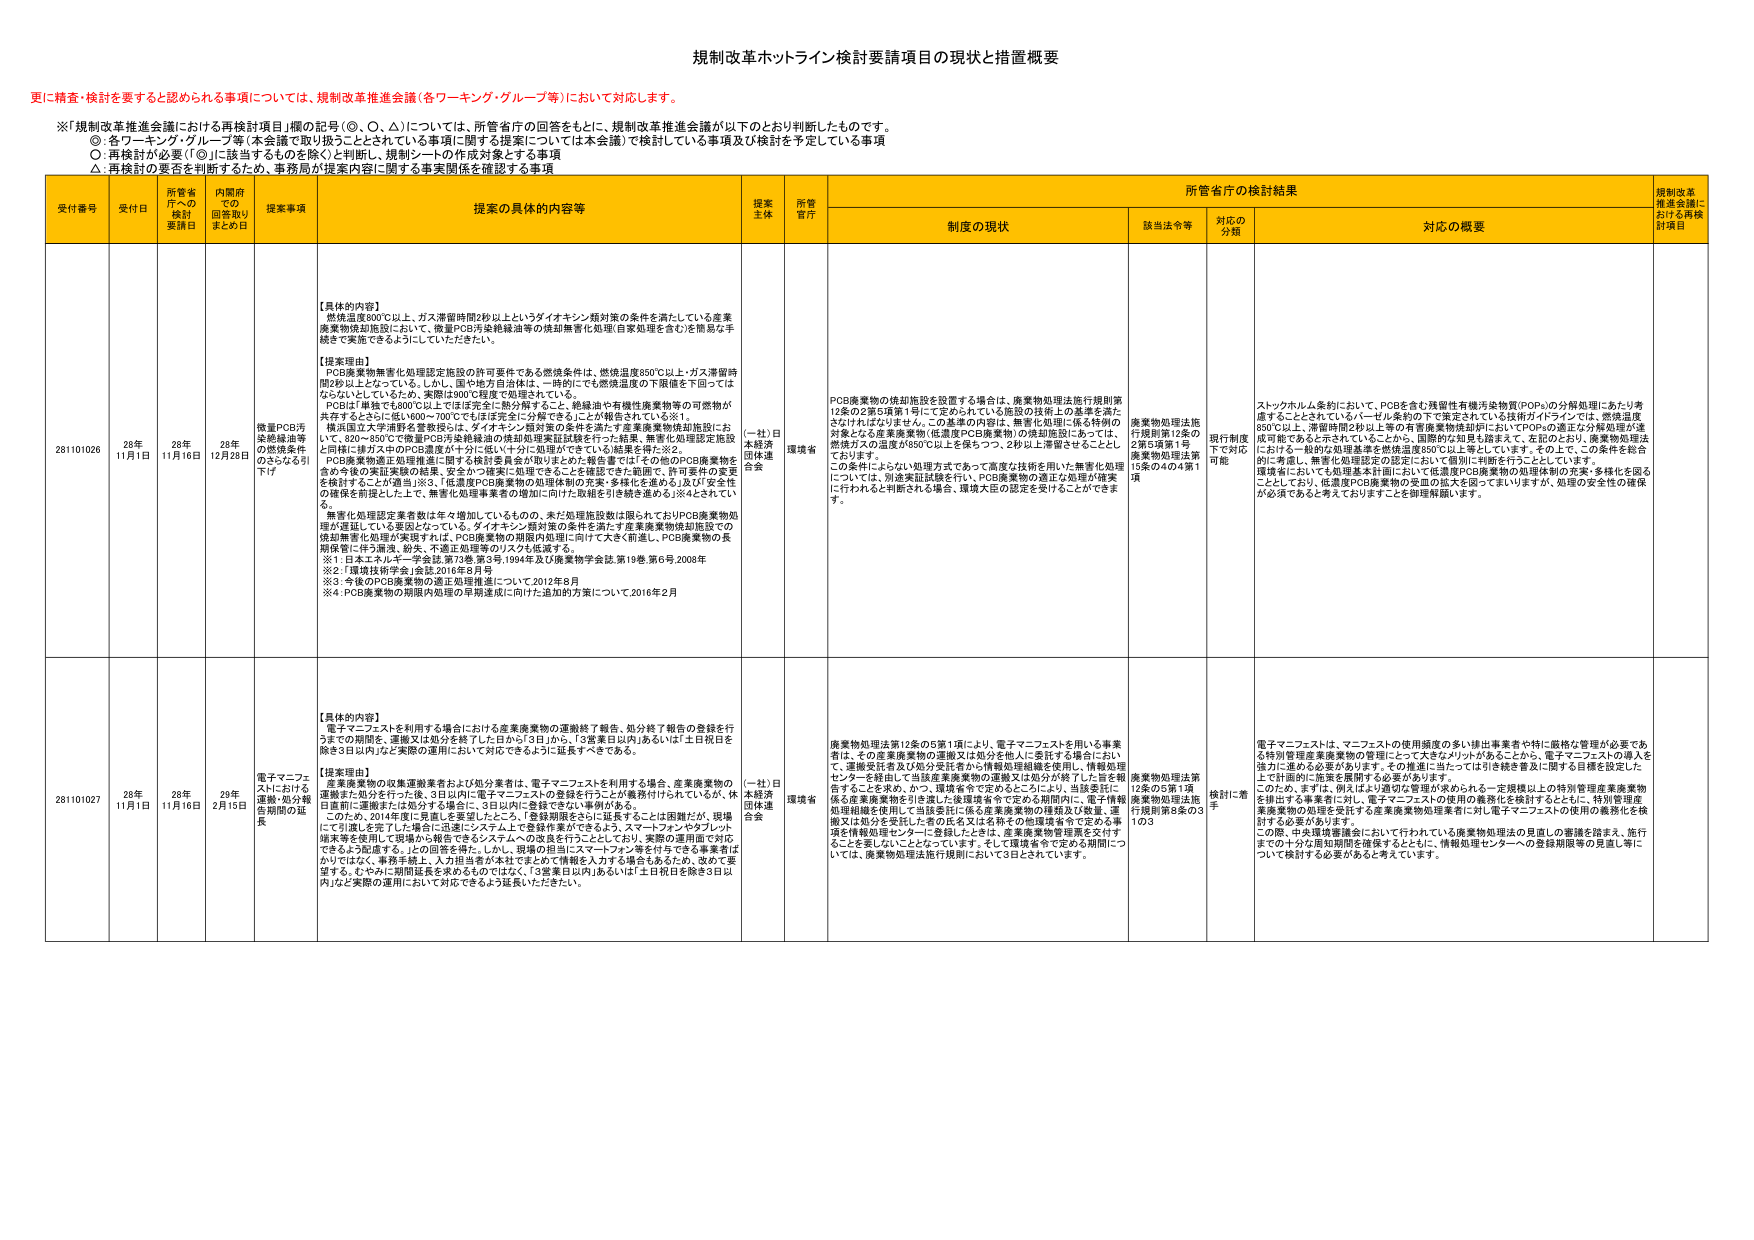
規制改革ホットライン検討要請項目の現状と措置概要

更に精査・検討を要すると認められる事項については、規制改革推進会議（各ワーキンググループ）において対応します。

※「規制改革推進会議における再検討項目」欄の記号（◎、○、△）については、所管省庁の回答をもとに、規制改革推進会議が以下のとおり判断したものです。
◎：各ワーキング・グループ等（本会議で取り扱うこととされている事項に関する提案については本会議）で検討している事項及び検討を予定している事項
○：再検討が必要（「◎」に該当するものを除く）と判断し、規制シートの作成対象とする事項
△：再検討の要否を判断するため、事務局が提案内容に関する事実関係を確認する事項

受付番号 受付日 所管省庁への検討要請日 内閣府での回答取りまとめ日 提案事項 提案の具体的内容等 提案主体 所管省庁 所管省庁の検討結果 規制改革推進会議における再検討項目
制度の現状 該当法令等 対応の分類 対応の概要

281101026 26年11月1日 26年11月16日 28年12月28日 微量PCB汚染廃油等の燃焼条件のさらなる引下げ 【具体的内容】
燃焼温度800℃以上、ガス滞留時間2秒以上というダイオキシン類対策の条件を満たしている産業廃棄物焼却施設において、微量PCB汚染絶縁油等の焼却無害化処理（自家処理を含む）を簡易な手続で実施できるようにしていただきたい。

【提案理由】
PCB廃棄物無害化処理認定施設の許可要件である燃焼条件は、燃焼温度850℃以上・ガス滞留時間2秒以上となっている。しかし、国や地方自治体は、一時的にでも燃焼温度の下限値を下回ってはならないとしているため、実際は800℃程度で処理されている。
PCBは「単独でも800℃以上ではほぼ完全に熱分解すること、絶縁油や有機性廃棄物等の可燃物が共存するとさらに低い600～700℃でもほぼ完全に分解できる」ことが報告されている※1。
構成国立大学連盟を含む検討は、ダイオキシン類対策の条件を満たす産業廃棄物焼却施設にお いて、820～850℃で微量PCB汚染絶縁油の焼却処理実証試験を行った結果、無害化処理認定施設と同様に排ガス中のPCB濃度が十分に低い（十分に処理ができている）結果を得た※2。
PCB廃棄物適正処理推進に関する検討委員会が取りまとめた報告書では「その他のPCB廃棄物を含め今後の実証実験の結果、安全かつ確実に処理できることを確認できた範囲で、許可要件の変更を検討することが適当」※3、「低濃度PCB廃棄物の処理体制の充実・多様化を進める」及び「安全性の確保を前提とした上で、無害化処理事業者の増加に向けた取組を引き続き進める」※4とされている。
無害化処理認定業者数は年々増加しているものの、未だ処理施設数は限られておりPCB廃棄物処理が遅延している要因となっている。ダイオキシン類対策の条件を満たす産業廃棄物焼却施設での焼却無害化処理が実現すれば、PCB廃棄物の期限内処理に向けて大きく前進し、PCB廃棄物の長期保管に伴う漏洩、紛失、不適正処理等のリスクも低減する。
※1：日本エネルギー学会誌、第73巻、第3号、1994年及び廃棄物学会誌、第19巻、第6号、2008年
※2：「環境技術学会」会誌、2016年8月号
※3：今後のPCB廃棄物の適正処理推進について、2012年8月
※4：PCB廃棄物の期限内処理の早期達成に向けた追加の方策について、2016年2月 （一社）日本経済団体連合会 環境省 PCB廃棄物の焼却施設を設置する場合は、廃棄物処理法施行規則第12条の2第6項第1号にて定められている施設の技術上の基準を満たさなければならない。この基準の内容は、無害化処理に係る特別の対象となる産業廃棄物（低濃度PCB廃棄物）の焼却施設にあっては、燃焼ガスの温度が850℃以上を保ちつつ、2秒以上滞留させることが ての条件にふさわしい処理方式であって高度な技術を用いた無害化処理については、別途実証試験を行い、PCB廃棄物の適正な処理が確実に行われるか判断される場合、環境大臣の認定を受けることができる。 廃棄物処理法施行規則第12条の2第6項第1号廃棄物処理法第15条の4の4第1項 現行制度下で対応可能 ストックホルム条約において、PCBを含む残留性有機汚染物質（POPs）の分解処理にあたり考慮することとされているパーセル条約の下で推定されている技術ガイドラインでは、燃焼温度850℃以上、滞留時間2秒以上等の有機廃棄物焼却炉においてPCBの適正な分解処理が達成可能であると示されていることから、国際的な知見も踏まえて、本図のとおり、廃棄物処理法における一般的な処理基準を燃焼温度850℃以上等としています。その上で、この条件を総合的に考慮し、無害化処理認定の認定において個別に判断を行うこととしています。
環境省においても処理基本計画において低濃度PCB廃棄物の処理体制の充実・多様化を図ることとしており、低濃度PCB廃棄物の安心の拡大を図ってまいりますが、処理の安全性の確保が必須であると考えておりますことを御理解願います。

281101027 26年11月1日 26年11月16日 29年2月15日 電子マニフェストにおける運搬・処分報告期間の延長 【具体的内容】
電子マニフェストを利用する場合における産業廃棄物の運搬終了報告、処分終了報告の登録を行うまでの期間を、運搬又は処分を終了した日から「3日」から、「3営業日以内」あるいは「土日祝日を除き3日以内」など実際の運用において対応できるように延長すべきである。

【提案理由】
産業廃棄物の収集運搬業者および処分業者は、電子マニフェストを利用する場合、産業廃棄物の運搬また処分を行った後、3日以内に電子マニフェストの登録を行うことが義務付けられているが、休日直前に運搬または処分する場合に、3日以内に登録できない事例がある。
このため、2014年度に見直しを要望したところ、「登録期限をさらに延長することは困難だが、現場にて引渡しを完了した場合に迅速にシステム上で登録作業ができるよう、スマートフォンやタブレット端末等を使用して現場から報告できるシステムへの改良を行うこととしており、実際の運用面で対応できるよう配慮する。」との回答を得た。しかし、現場の担当にスマートフォン等を付与できる事業者はかねてはなく、事務手続上、入力担当者が未だであるためで情報入力する場合はあるため、改めて要望する。むやみに期間延長を求めるものではなく、「3営業日以内」あるいは「土日祝日を除き3日以内」など実際の運用において対応できるよう延長いただきたい。 （一社）日本経済団体連合会 環境省 廃棄物処理法第12条の5第1項により、電子マニフェストを用いる事業者は、その産業廃棄物の運搬又は処分を他人に委託する場合において、運搬受託者及び処分受託者から情報処理組織を使用し、情報処理センターを経由して当該産業廃棄物の運搬又は処分が終了した旨を報告することを求め、かつ、環境省令で定めるところにより、当該委託に係る産業廃棄物を引渡した後運搬者令で定める期間内に、電子情報処理組織を使用して当該委託に係る産業廃棄物の種類及び数量、運搬又は処分を受託した者の氏名又は名称その他環境省令で定める事項を情報処理センターに登録したときは、産業廃棄物管理票を交付することを要しないこととなっています。そして環境省令で定める期間については、廃棄物処理法施行規則において3日とされています。 廃棄物処理法第12条の5第1項廃棄物処理法施行規則第8条の31の3 検討に着手 電子マニフェストは、マニフェストの使用頻度の多い排出事業者や特に厳格な管理が必要である特別管理産業廃棄物の管理にとって大きなメリットがあることから、電子マニフェストの導入を強力に進める必要があります。その推進に当たっては引き続き普及に関する目標を設定した上で計画的に施策を展開する必要があります。
このため、まずは、例えばより適切な管理が求められる一定規模以上の特別管理産業廃棄物を排出する事業者に対し、電子マニフェストの使用の義務化を検討するとともに、特別管理産業廃棄物の処理を受託する産業廃棄物処理業者に対し電子マニフェストの使用の義務化を検討する必要があります。
この際、中央環境審議会において行われている廃棄物処理法の見直しの審議を踏まえ、施行までの十分な周知期間を確保するとともに、情報処理センターへの登録期限等の見直し等について検討する必要があると考えています。